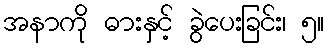
အနာကို ဓားနှင့် ခွဲပေးခြင်း၊ ၅။